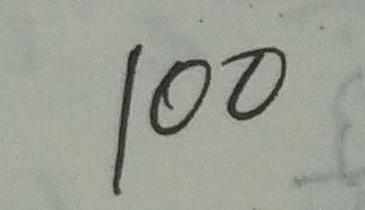
1 0 0